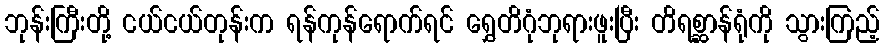
ဘုန်းကြီးတို့ ငယ်ငယ်တုန်းက ရန်ကုန်ရောက်ရင် ရွှေတိဂုံဘုရားဖူးပြီး တိရစ္ဆာန်ရုံကို သွားကြည့်